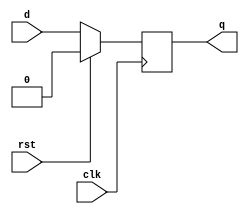
`timescale 1ns / 1ps

module dff (clk,rst,d,q);
  input clk;
  input rst;
  input d;
  output reg q;

  always @(posedge clk)
		begin
		  if(rst==1) 
			begin
				q<=0;
			end
		  else 
			begin 
				q<=d;
			end
		end

endmodule